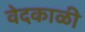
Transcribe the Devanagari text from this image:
वेदकाळी